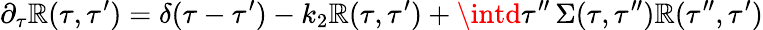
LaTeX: \partial_{\tau}\mathbb{R}(\tau,\tau^{\prime})=\delta(\tau-\tau^{\prime})-k_{2}\mathbb{R}(\tau,\tau^{\prime})+\intd\tau^{\prime\prime}\, \Sigma(\tau,\tau^{\prime\prime})\mathbb{R}(\tau^{\prime\prime},\tau^{\prime})